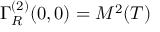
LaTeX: \Gamma _ { R } ^ { ( 2 ) } ( 0 , 0 ) = M ^ { 2 } ( T )